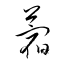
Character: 蓿